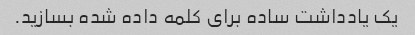
یک یادداشت ساده برای کلمه داده شده بسازید.